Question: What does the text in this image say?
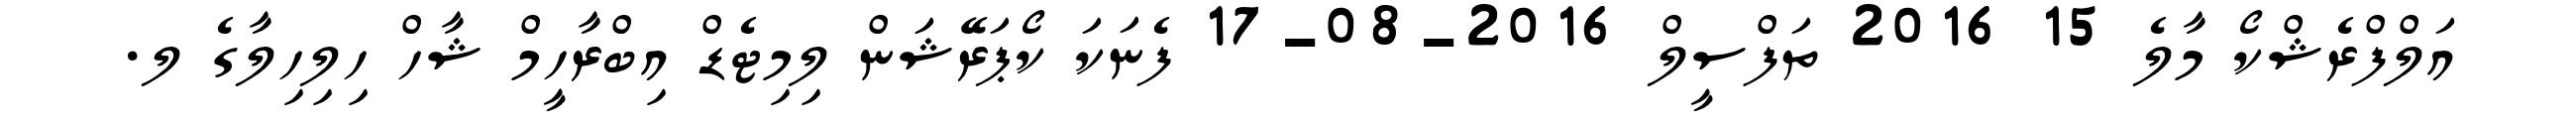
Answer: އަލްފްރެޝްކޯ މާލެ 15 2016 ތަފްސީލް 2016-08-17 ފެނަކަ ކޯޕަރޭޝަން ލިމިޓެޑް އިބްރާހީމް ޝާހް ހިލިހިލާގެ ލ.